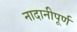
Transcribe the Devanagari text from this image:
नादानीपूर्ण